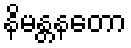
နိမန္တနတော